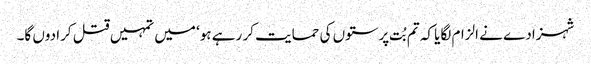
شہزادے نے الزام لگایا کہ تم بُت پرستوں کی حمایت کر رہے ہو‘ میں تمہیں قتل کرا دوں گا۔